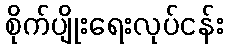
စိုက်ပျိုးရေးလုပ်ငန်း